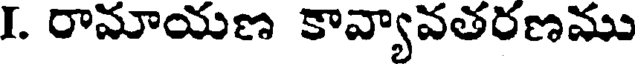
I. రామాయణ కావ్యావతరణము